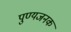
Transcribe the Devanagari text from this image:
पुण्यजनक